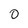
Character: 0